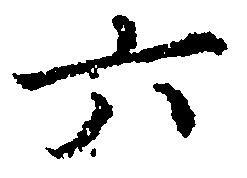
六